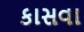
કાસવા